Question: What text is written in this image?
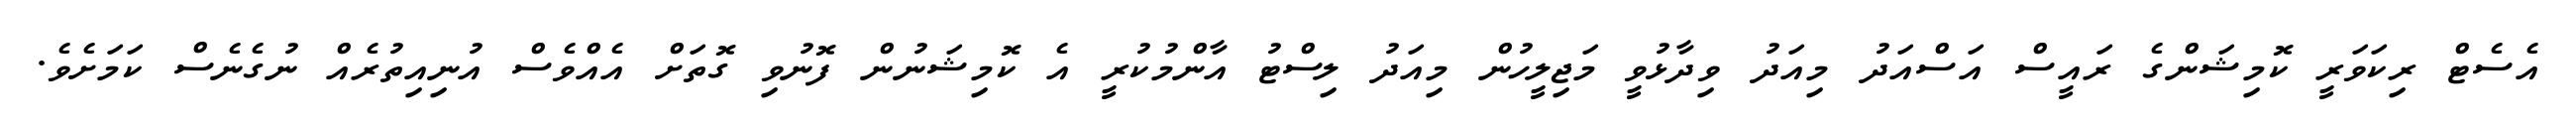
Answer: އެސެޓް ރިކަވަރީ ކޮމިޝަންގެ ރައީސް އަސްއަދު މިއަދު ވިދާޅުވީ މަޖިލީހުން މިއަދު ލިސްޓު އާންމުކުރީ އެ ކޮމިޝަނުން ފޮނުވި ގޮތަށް އެއްވެސް އުނިއިތުރެއް ނުގެނެސް ކަމަށެވެ.